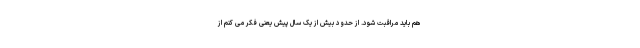
هم باید مراقبت شود. از حدود بیش از یک سال پیش یعنی فکر می کنم از